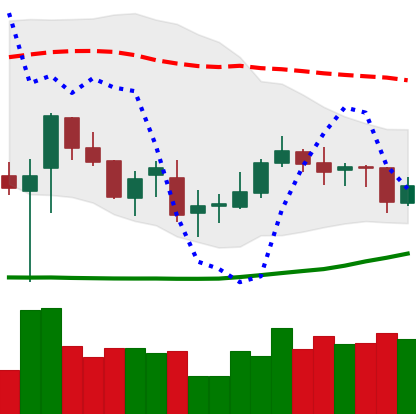
Ticker: TRX-USD
Chart end date: 2019-03-22
Forward return: 3.842%
Label: up_3_5